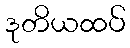
ဒုတိယထပ်